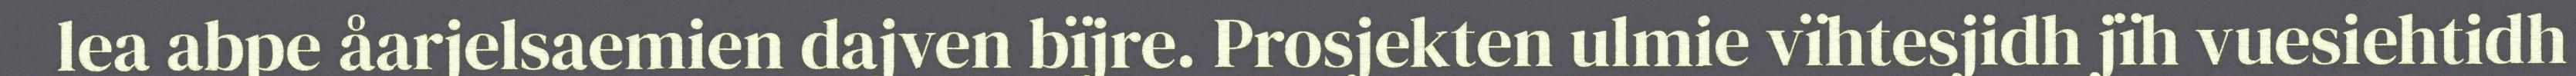
lea abpe åarjelsaemien dajven bïjre. Prosjekten ulmie vïhtesjidh jïh vuesiehtidh